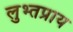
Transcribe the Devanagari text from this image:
लुभ्तप्राय